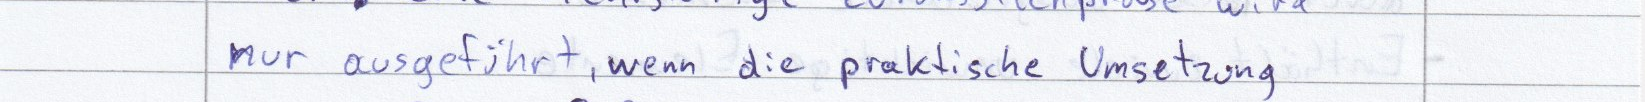
nur ausgeführt, wenn die praktische Umsetzung